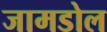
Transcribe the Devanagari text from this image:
जामडोल